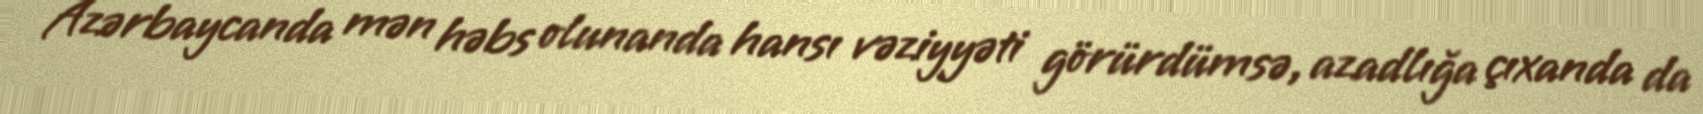
Azərbaycanda mən həbs olunanda hansı vəziyyəti görürdümsə, azadlığa çıxanda da